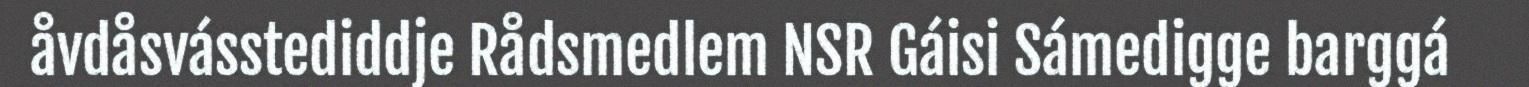
åvdåsvásstediddje Rådsmedlem NSR Gáisi Sámedigge barggá